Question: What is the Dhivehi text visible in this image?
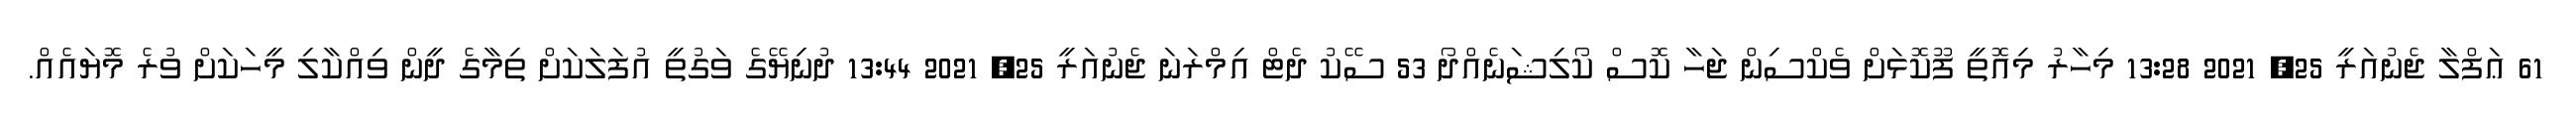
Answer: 61 ޢަފްލާ ޖެނުއަރީ 25, 2021 13:28 މިހާރު މިއޮތީ ފޫކޮޅަށް ވެކްސިން ޖަހާ ކޮސް ކޯލިޝަނެއްދޯ 53 ސޭކު ދެޓް އިމްރަނަ ޖެނުއަރީ 25, 2021 13:44 ދުނިޔޭގެ ވަގުތީ އުފަލަކަށް ތިމާގެ ދީން ވިއްކާލި މީހަކަށް ވުރެ މޮޔައެއް.